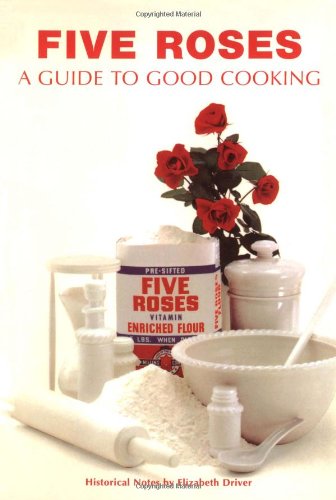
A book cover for Five Roses Guide to Good Cooking (Classic Canadian Cookbook Series); Elizabeth Driver; Cookbooks, Food & Wine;